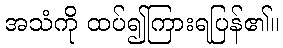
အသံကို ထပ်၍ကြားရပြန်၏။